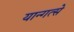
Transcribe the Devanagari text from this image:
यान्गत्से